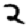
Digit: 2